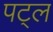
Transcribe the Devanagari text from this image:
पट्ल